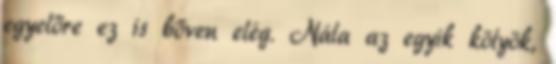
egyelőre ez is bőven elég. Nála az egyik kölyök,